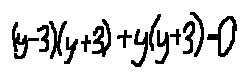
( y - 3 ) ( y + 3 ) + y ( y + 3 ) = 0